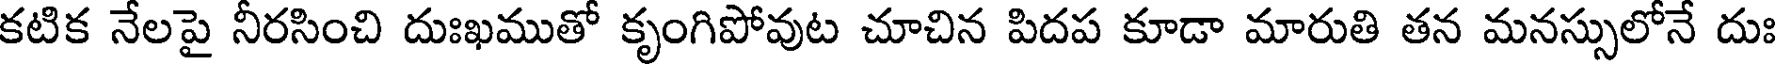
కటిక నేలపై నీరసించి దుఃఖముతో కృంగిపోవుట చూచిన పిదప కూడా మారుతి తన మనస్సులోనే దుః